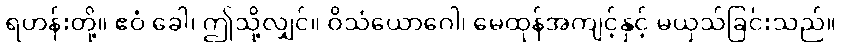
ရဟန်းတို့။ ဧဝံ ခေါ၊ ဤသို့လျှင်။ ဝိသံယောဂေါ၊ မေထုန်အကျင့်နှင့် မယှသ်ခြင်းသည်။